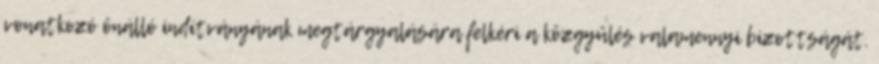
vonatkozó önálló indítványának megtárgyalására felkéri a közgyűlés valamennyi bizottságát.